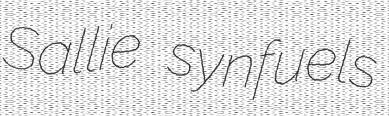
Sallie synfuels